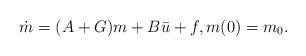
LaTeX: \begin{align*}\dot{m} =(A+G) m +B\bar u +f,m(0)=m_0. \end{align*}